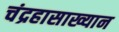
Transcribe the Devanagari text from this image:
चंद्रहासाख्यान